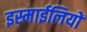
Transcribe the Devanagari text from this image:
इस्माईलियों